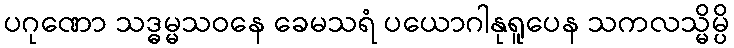
ပဂုဏော သဒ္ဓမ္မသဝနေ ခေမသရံ ပယောဂါနုရူပေန သကလသ္မိမ္ပိ